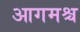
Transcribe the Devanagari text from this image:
आगमश्च